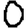
Digit: 0